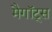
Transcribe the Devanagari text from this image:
मैगॉट्स